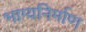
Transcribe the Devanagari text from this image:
भाग्यनिर्माण